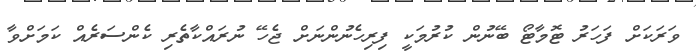
ވަރަކަށް ފަހަރު ޓޮމާޓޯ ބޭނުން ކުރުމަކީ ފިރިހެނުންނަށް ޖެހޭ ނުރައްކާތެރި ކެންސަރެއް ކަމަށްވާ